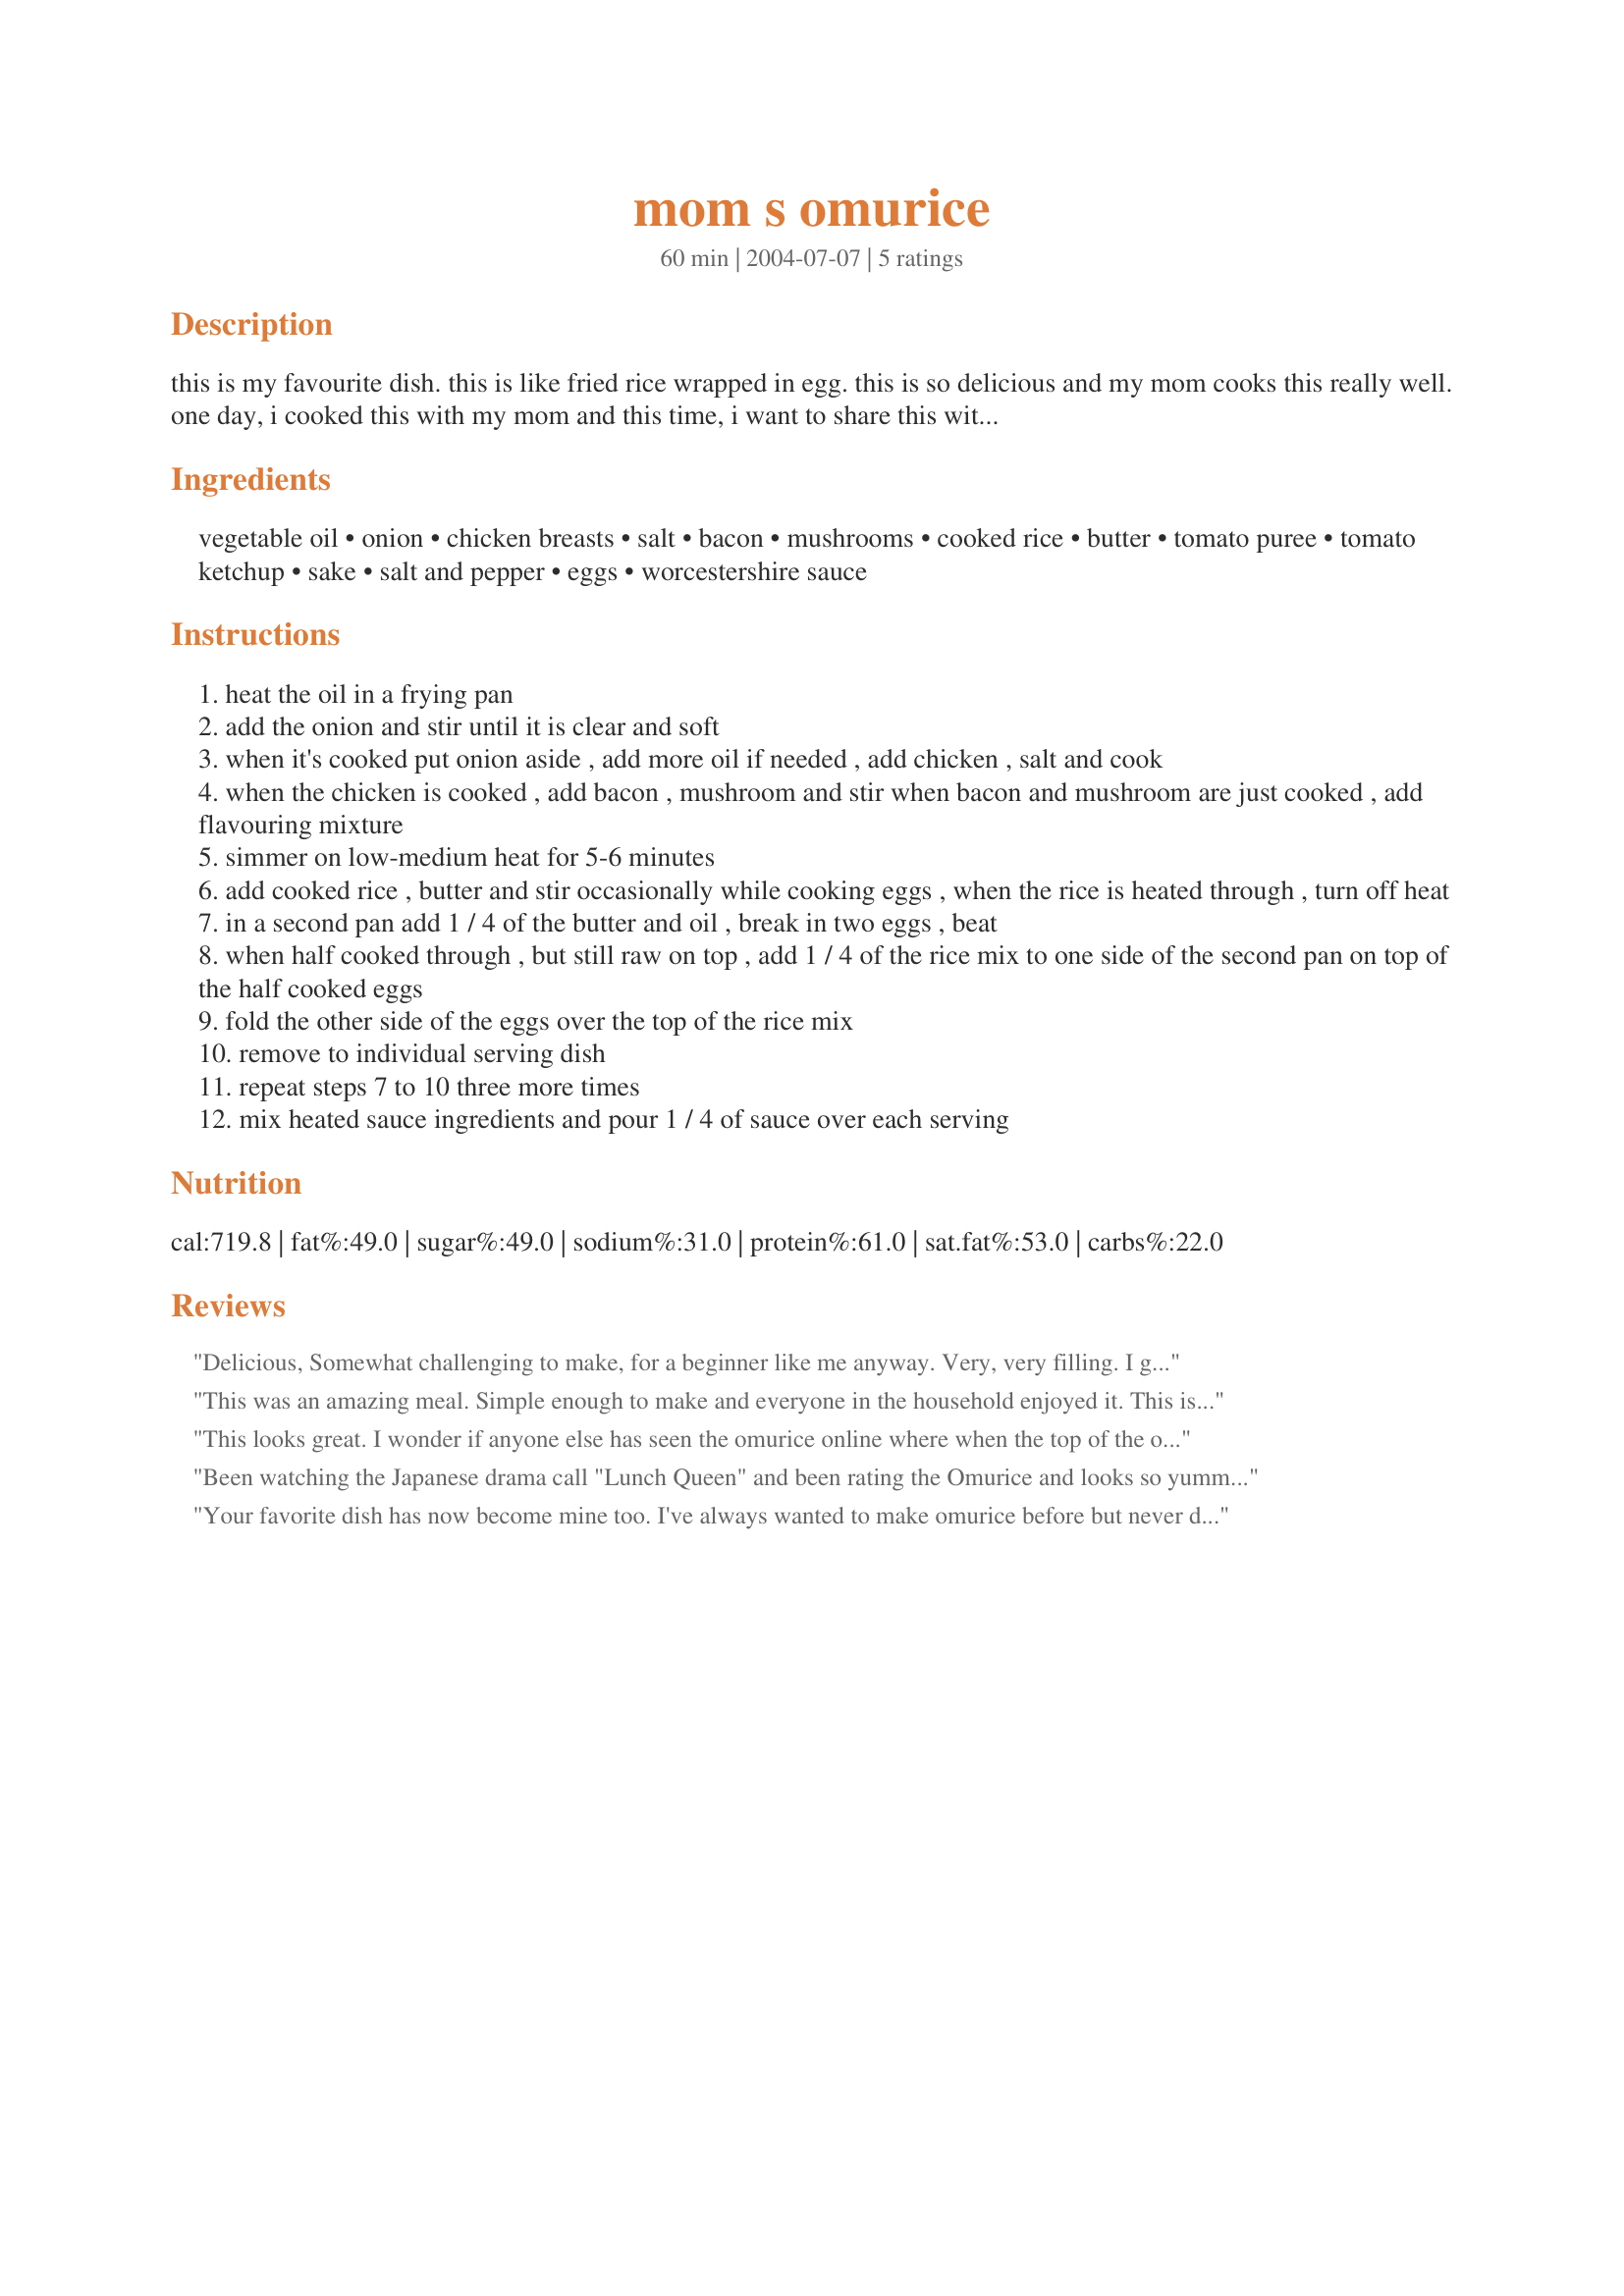
mom s omurice
Preparation time: 60 minutes

this is my favourite dish. this is like fried rice wrapped in egg. this is so delicious and my mom cooks this really well. one day, i cooked this with my mom and this time, i want to share this with all of you. my mom sent me the recipe.

Ingredients:
vegetable oil, onion, chicken breasts, salt, bacon, mushrooms, cooked rice, butter, tomato puree, tomato ketchup, sake, salt and pepper, eggs, worcestershire sauce

Steps:
heat the oil in a frying pan
add the onion and stir until it is clear and soft
when it's cooked put onion aside , add more oil if needed , add chicken , salt and cook
when the chicken is cooked , add bacon , mushroom and stir when bacon and mushroom are just cooked , add flavouring mixture
simmer on low-medium heat for 5-6 minutes
add cooked rice , butter and stir occasionally while cooking eggs , when the rice is heated through , turn off heat
in a second pan add 1 / 4 of the butter and oil , break in two eggs , beat
when half cooked through , but still raw on top , add 1 / 4 of the rice mix to one side of the second pan on top of the half cooked eggs
fold the other side of the eggs over the top of the rice mix
remove to individual serving dish
repeat steps 7 to 10 three more times
mix heated sauce ingredients and pour 1 / 4 of sauce over each serving

Reviews:
Delicious, Somewhat challenging to make, for a beginner like me anyway. Very, very filling. I got about 3/4 through it and had to stop before my stomach erupted and I was hungry at the time.
This was an amazing meal. Simple enough to make and everyone in the household enjoyed it. This is instantly one of my favorite dishes.
This looks great. I wonder if anyone else has seen the omurice online where when the top of the omurice is cut open to a very soft egg mixture that is almost cooked. Please help.
Been watching the Japanese drama call "Lunch Queen" and been rating the Omurice and looks so yummy and I really want to cook it. Today I cooked it for my little pumpkin and my brother in-law and they are are loving it. I'm very impressed too. Really easy to cook & taste so yummy. It's a bit hard to fold the eggs over but still don't look too bad. Arigato Tomoko San, hondo-ni oshi kata.
Your favorite dish has now become mine too. I've always wanted to make omurice before but never did...until now. So glad I did. I've substituted turkey bacon to cut down on the fat, left out the chicken, and instead added chopped bell peppers, carrots, and frozen peas to make it a little more healthier. I don't think it mattered, because it was still so yummy. Brown rice would also work since the flavoring and topping is what really makes this dish exceptionally tasty. Thanks so much for posting this recipe; your mom really is a great cook!
